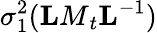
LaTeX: \sigma_{1}^{2}({\mathbf LM}_{t}{\mathbf L}^{-1})